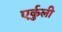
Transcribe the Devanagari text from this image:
एर्कुली